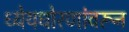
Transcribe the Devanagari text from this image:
ध्येयधोरणांवरून